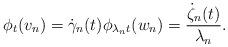
LaTeX: \begin{align*} \phi_t(v_n)=\dot\gamma_n(t) \phi_{\lambda_n t}(w_n)=\frac{\dot\zeta_n(t)}{\lambda_n}.\end{align*}